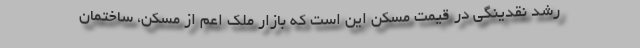
رشد نقدینگی در قیمت مسکن این است که بازار ملک اعم از مسکن، ساختمان